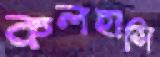
কলহাসি